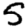
Digit: 5